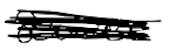
Text: source
Cross-out: scratch
Writing tool: digital_black